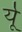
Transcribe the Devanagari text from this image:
र्यू